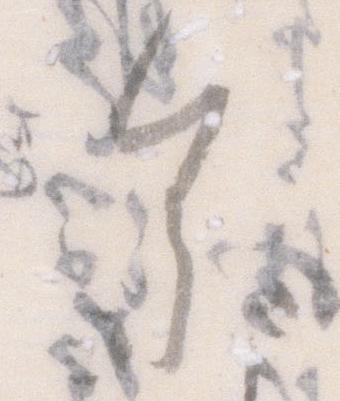
参